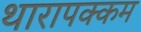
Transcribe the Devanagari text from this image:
थारापक्कम